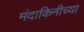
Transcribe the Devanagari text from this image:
मंदाकिनीच्या